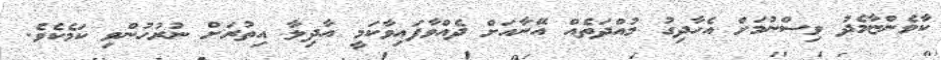
ކާވެންޏާމެދު ވިސްނުމަށް އެހާދިގު މުއްދަތެއް އޭނާއަށް ދެއްވާފައިވާކަމީ އާދިލާ އިތުރަށް ނުރުހުންވި ކަމެކެވެ.